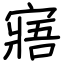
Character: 寤